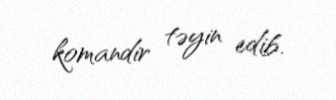
komandir təyin edib.